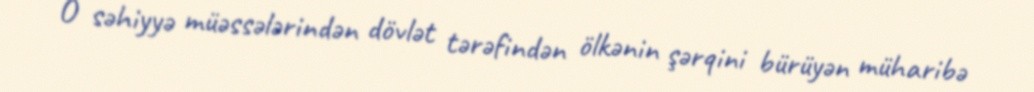
O səhiyyə müəssələrindən dövlət tərəfindən ölkənin şərqini bürüyən müharibə